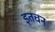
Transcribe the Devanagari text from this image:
इतचन